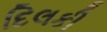
દિલકી